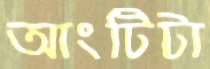
আংটিটা